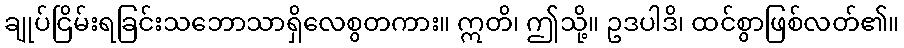
ချုပ်ငြိမ်းရခြင်းသဘောသာရှိလေစွတကား။ ဣတိ၊ ဤသို့။ ဥဒပါဒိ၊ ထင်စွာဖြစ်လတ်၏။